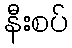
နီးစပ်